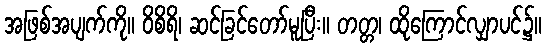
အဖြစ်အပျက်ကို။ ဝိစိရိ၊ ဆင်ခြင်တော်မူပြီး။ တတ္တ၊ ထိုကြောင်လျှာပင်၌။